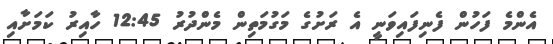
އެންމެ ފަހުން ފެނިފައިވަނީ އެ ރަށުގެ މަގުމަތިން މެންދުރު 12:45 ހާއިރު ކަމަށާއި